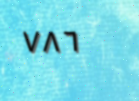
٧٨٦